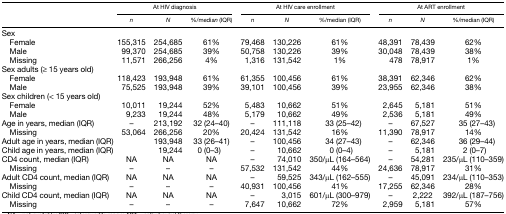
<table><thead><tr><td></td><td colspan="3"><b>At HIV diagnosis</b></td><td colspan="3"><b>At HIV care enrollment</b></td><td colspan="3"><b>At ART enrollment</b></td></tr><tr><td></td><td><b><i>n</i></b></td><td><b><i>N</i></b></td><td><b>%/media<i>n</i> (IQR)</b></td><td><b><i>n</i></b></td><td><b><i>N</i></b></td><td><b>%/median (IQR)</b></td><td><b><i>n</i></b></td><td><b><i>N</i></b></td><td><b>%/median (IQR)</b></td></tr></thead><tbody><tr><td colspan="10">Sex</td></tr><tr><td> Female</td><td>155,315</td><td>254,685</td><td>61%</td><td>79,468</td><td>130,226</td><td>61%</td><td>48,391</td><td>78,439</td><td>62%</td></tr><tr><td> Male</td><td>99,370</td><td>254,685</td><td>39%</td><td>50,758</td><td>130,226</td><td>39%</td><td>30,048</td><td>78,439</td><td>38%</td></tr><tr><td> Missing</td><td>11,571</td><td>266,256</td><td>4%</td><td>1,316</td><td>131,542</td><td>1%</td><td>478</td><td>78,917</td><td>1%</td></tr><tr><td colspan="10">Sex adults (≥ 15 years old)</td></tr><tr><td> Female</td><td>118,423</td><td>193,948</td><td>61%</td><td>61,355</td><td>100,456</td><td>61%</td><td>38,391</td><td>62,346</td><td>62%</td></tr><tr><td> Male</td><td>75,525</td><td>193,948</td><td>39%</td><td>39,101</td><td>100,456</td><td>39%</td><td>23,955</td><td>62,346</td><td>38%</td></tr><tr><td colspan="10">Sex children (&lt; 15 years old)</td></tr><tr><td> Female</td><td>10,011</td><td>19,244</td><td>52%</td><td>5,483</td><td>10,662</td><td>51%</td><td>2,645</td><td>5,181</td><td>51%</td></tr><tr><td> Male</td><td>9,233</td><td>19,244</td><td>48%</td><td>5,179</td><td>10,662</td><td>49%</td><td>2,536</td><td>5,181</td><td>49%</td></tr><tr><td>Age in years, median (IQR)</td><td>–</td><td>213,192</td><td>32 (24–40)</td><td>–</td><td>111,118</td><td>33 (25–42)</td><td>–</td><td>67,527</td><td>35 (27–43)</td></tr><tr><td> Missing</td><td>53,064</td><td>266,256</td><td>20%</td><td>20,424</td><td>131,542</td><td>16%</td><td>11,390</td><td>78,917</td><td>14%</td></tr><tr><td colspan="2">Adult age in years, median (IQR)</td><td>193,948</td><td>33 (26–41)</td><td>–</td><td>100,456</td><td>34 (27–43)</td><td>–</td><td>62,346</td><td>36 (29–44)</td></tr><tr><td colspan="2">Child age in years, median (IQR)</td><td>19,244</td><td>0 (0–3)</td><td>–</td><td>10,662</td><td>0 (0–4)</td><td>–</td><td>5,181</td><td>2 (0–7)</td></tr><tr><td>CD4 count, median (IQR)</td><td>NA</td><td>NA</td><td>NA</td><td>–</td><td>74,010</td><td>350/μL (164–564)</td><td>–</td><td>54,281</td><td>235/μL (110–359)</td></tr><tr><td> Missing</td><td>–</td><td>–</td><td>–</td><td>57,532</td><td>131,542</td><td>44%</td><td>24,636</td><td>78,917</td><td>31%</td></tr><tr><td>Adult CD4 count, median (IQR)</td><td>NA</td><td>NA</td><td>NA</td><td>–</td><td>59,525</td><td>343/μL (162–555)</td><td>–</td><td>45,091</td><td>234/μL (110–353)</td></tr><tr><td> Missing</td><td>–</td><td>–</td><td>–</td><td>40,931</td><td>100,456</td><td>41%</td><td>17,255</td><td>62,346</td><td>28%</td></tr><tr><td>Child CD4 count, median (IQR)</td><td>NA</td><td>NA</td><td>NA</td><td>–</td><td>3,015</td><td>601/μL (300–979)</td><td>–</td><td>2,222</td><td>392/μL (187–756)</td></tr><tr><td> Missing</td><td>–</td><td>–</td><td>–</td><td>7,647</td><td>10,662</td><td>72%</td><td>2,959</td><td>5,181</td><td>57%</td></tr></tbody></table>